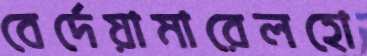
বের্দেয়ামারেলহো